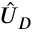
\hat { U } _ { D }